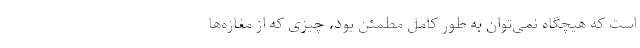
است که هیچگاه نمی‌توان به طور کامل مطمئن بود، چیزی که از مغازه‌ها